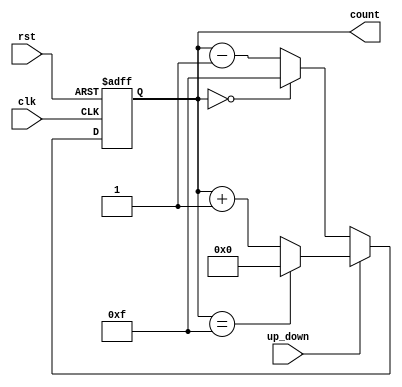
module up_down_counter (
    input wire clk,           // Clock signal
    input wire rst,           // Reset signal
    input wire up_down,       // Up/Down control signal
    output reg [3:0] count    // 4-bit binary count output
);

    // Asynchronous reset
    always @(posedge clk or posedge rst) begin
        if (rst) begin
            count <= 4'b0000; // Reset count to 0
        end else begin
            if (up_down) begin
                // Count up
                if (count == 4'b1111) begin
                    count <= 4'b0000; // Wrap around to 0
                end else begin
                    count <= count + 1; // Increment count
                end
            end else begin
                // Count down
                if (count == 4'b0000) begin
                    count <= 4'b1111; // Wrap around to max value
                end else begin
                    count <= count - 1; // Decrement count
                end
            end
        end
    end

endmodule